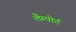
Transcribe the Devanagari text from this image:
लैम्पोर्ट